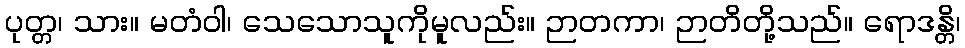
ပုတ္တ၊ သား။ မတံဝါ၊ သေသောသူကိုမူလည်း။ ဉာတကာ၊ ဉာတိတို့သည်။ ရောဒန္တိ၊